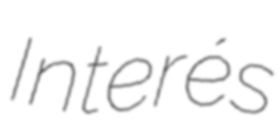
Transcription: Interés